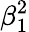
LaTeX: \beta_{1}^{2}